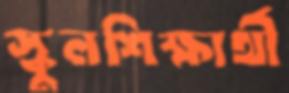
স্কুলশিক্ষার্থী